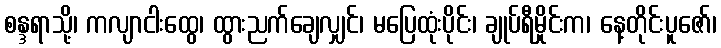
စန္ဒရာသို့၊ ကလျာငါးထွေ၊ ထွားညက်ချေလျှင်၊ မပြေထုံးပိုင်း၊ ချုပ်ရီမှိုင်းက၊ နေ့တိုင်းပူဇော်၊